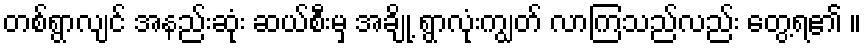
တစ်ရွာလျင် အနည်းဆုံး ဆယ်စီးမှ အချို့ ရွာလုံးကျွတ် လာကြသည်လည်း တွေ့ရ၏ ။